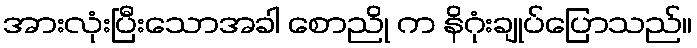
အားလုံးပြီးသောအခါ စောညို က နိဂုံးချုပ်ပြောသည်။